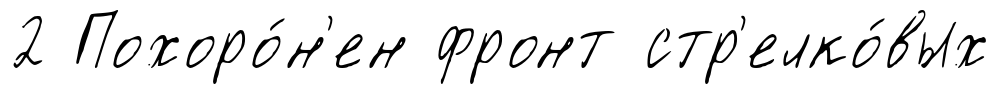
2 Похоро́н'ен фронт стр'елко́вых